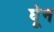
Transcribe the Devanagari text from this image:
घेून